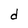
Character: d